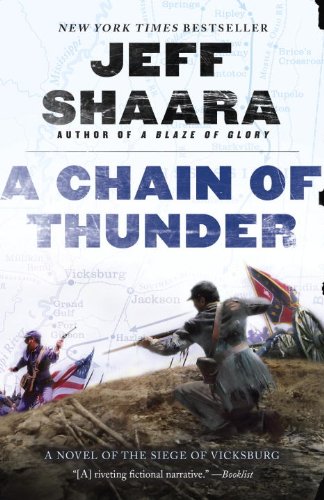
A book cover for A Chain of Thunder: A Novel of the Siege of Vicksburg (the Civil War in the West); Jeff Shaara; Literature & Fiction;